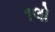
૧લો